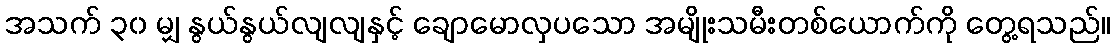
အသက် ၃၀ မျှ နွယ်နွယ်လျလျနှင့် ချောမောလှပသော အမျိုးသမီးတစ်ယောက်ကို တွေ့ရသည်။